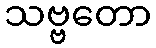
သဗ္ဗတော